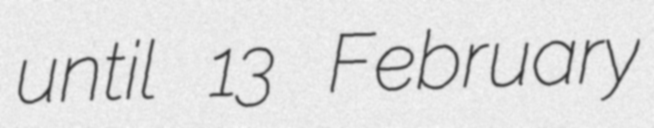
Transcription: until 13 February